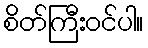
စိတ်ကြီးဝင်ပါ။